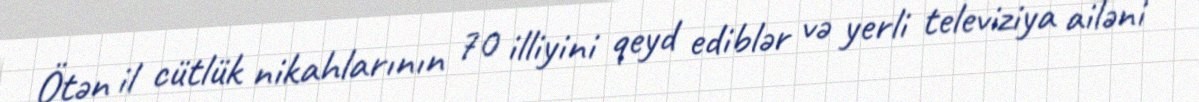
Ötən il cütlük nikahlarının 70 illiyini qeyd ediblər və yerli televiziya ailəni